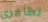
تظاهري